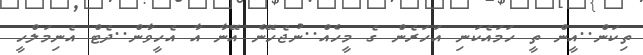
ތިކަން..އީން ތީ ހަމައެކަނި އަހަރެން ގެ މީހެއް..ނުޖެހޭނެ އޭނާ އާ އެހީވާން..ދެޓް އެނިމަލްހީ